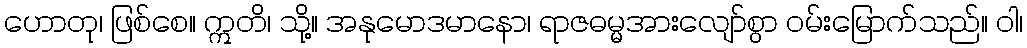
ဟောတု၊ ဖြစ်စေ။ ဣတိ၊ သို့။ အနုမောဒမာနော၊ ရာဇဓမ္မအားလျော်စွာ ဝမ်းမြောက်သည်။ ဝါ၊